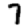
Digit: 7